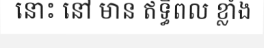
នោះ នៅ មាន ឥទ្ធិពល ខ្លាំង